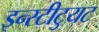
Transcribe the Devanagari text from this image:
इन्स्टीटुयट